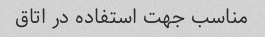
مناسب جهت استفاده در اتاق